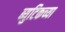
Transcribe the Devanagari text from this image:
ब्युटिकच्या